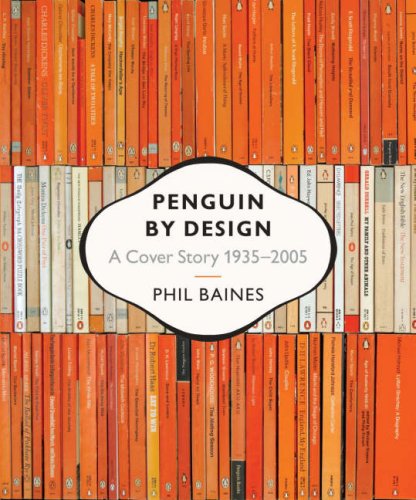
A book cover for Penguin by Design: A Cover Story 1935-2005; Phil Baines; Crafts, Hobbies & Home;